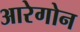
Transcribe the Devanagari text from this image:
आरेगोन